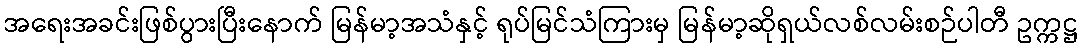
အရေးအခင်းဖြစ်ပွားပြီးနောက် မြန်မာ့အသံနှင့် ရုပ်မြင်သံကြားမှ မြန်မာ့ဆိုရှယ်လစ်လမ်းစဉ်ပါတီ ဥက္ကဋ္ဌ